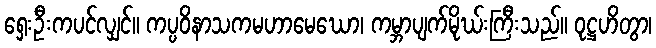
ရှေးဦးကပင်လျှင်။ ကပ္ပဝိနာသကမဟာမေဃော၊ ကမ္ဘာပျက်မိုဃ်းကြီးသည်။ ဝုဋ္ဌဟိတွာ၊